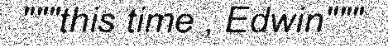
"""this time , Edwin"""